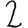
Digit: 2